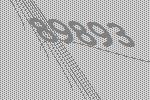
89893